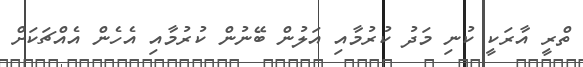
ތްރީ އާރަކީ ކުނި މަދު ކުރުމާއި އަލުން ބޭނުން ކުރުމާއި އެހެން އެއްޗަކަށް